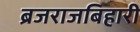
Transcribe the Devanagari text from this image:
ब्रजराजबिहारी